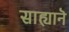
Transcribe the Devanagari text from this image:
साह्यानॆ